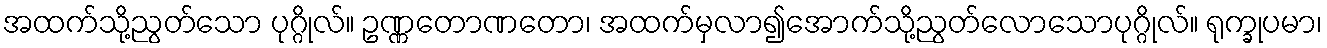
အထက်သို့ညွတ်သော ပုဂ္ဂိုလ်။ ဥဏ္ဏတောဏတော၊ အထက်မှလာ၍အောက်သို့ညွတ်လောသောပုဂ္ဂိုလ်။ ရုက္ခုပမာ၊